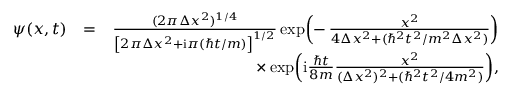
\begin{array} { r l r } { \psi ( x , t ) } & { = } & { \frac { ( 2 \pi \Delta x ^ { 2 } ) ^ { 1 / 4 } } { \left[ 2 \pi \Delta x ^ { 2 } + \mathrm { i } \pi ( \hbar t / m ) \right] ^ { 1 / 2 } } \exp \! \left( - \, \frac { x ^ { 2 } } { 4 \Delta x ^ { 2 } + ( \hbar ^ { 2 } t ^ { 2 } / m ^ { 2 } \Delta x ^ { 2 } ) } \right) } \\ & { } & { \times \exp \! \left( \mathrm { i } \frac { \hbar t } { 8 m } \frac { x ^ { 2 } } { ( \Delta x ^ { 2 } ) ^ { 2 } + ( \hbar ^ { 2 } t ^ { 2 } / 4 m ^ { 2 } ) } \right) \! , } \end{array}